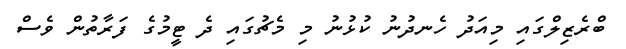
ބްރެޒިލްގައި މިއަދު ހެނދުނު ކުޅުނު މި މެޗުގައި ދެ ޓީމުގެ ފަރާތުން ވެސް